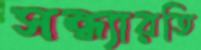
সন্ধ্যারতি